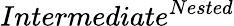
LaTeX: Intermediate^{Nested}